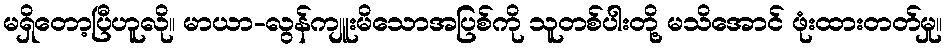
မရှိတော့ပြီဟူလို။ မာယာ-လွန်ကျူးမိသောအပြစ်ကို သူတစ်ပါးတို့ မသိအောင် ဖုံးထားတတ်မှု။